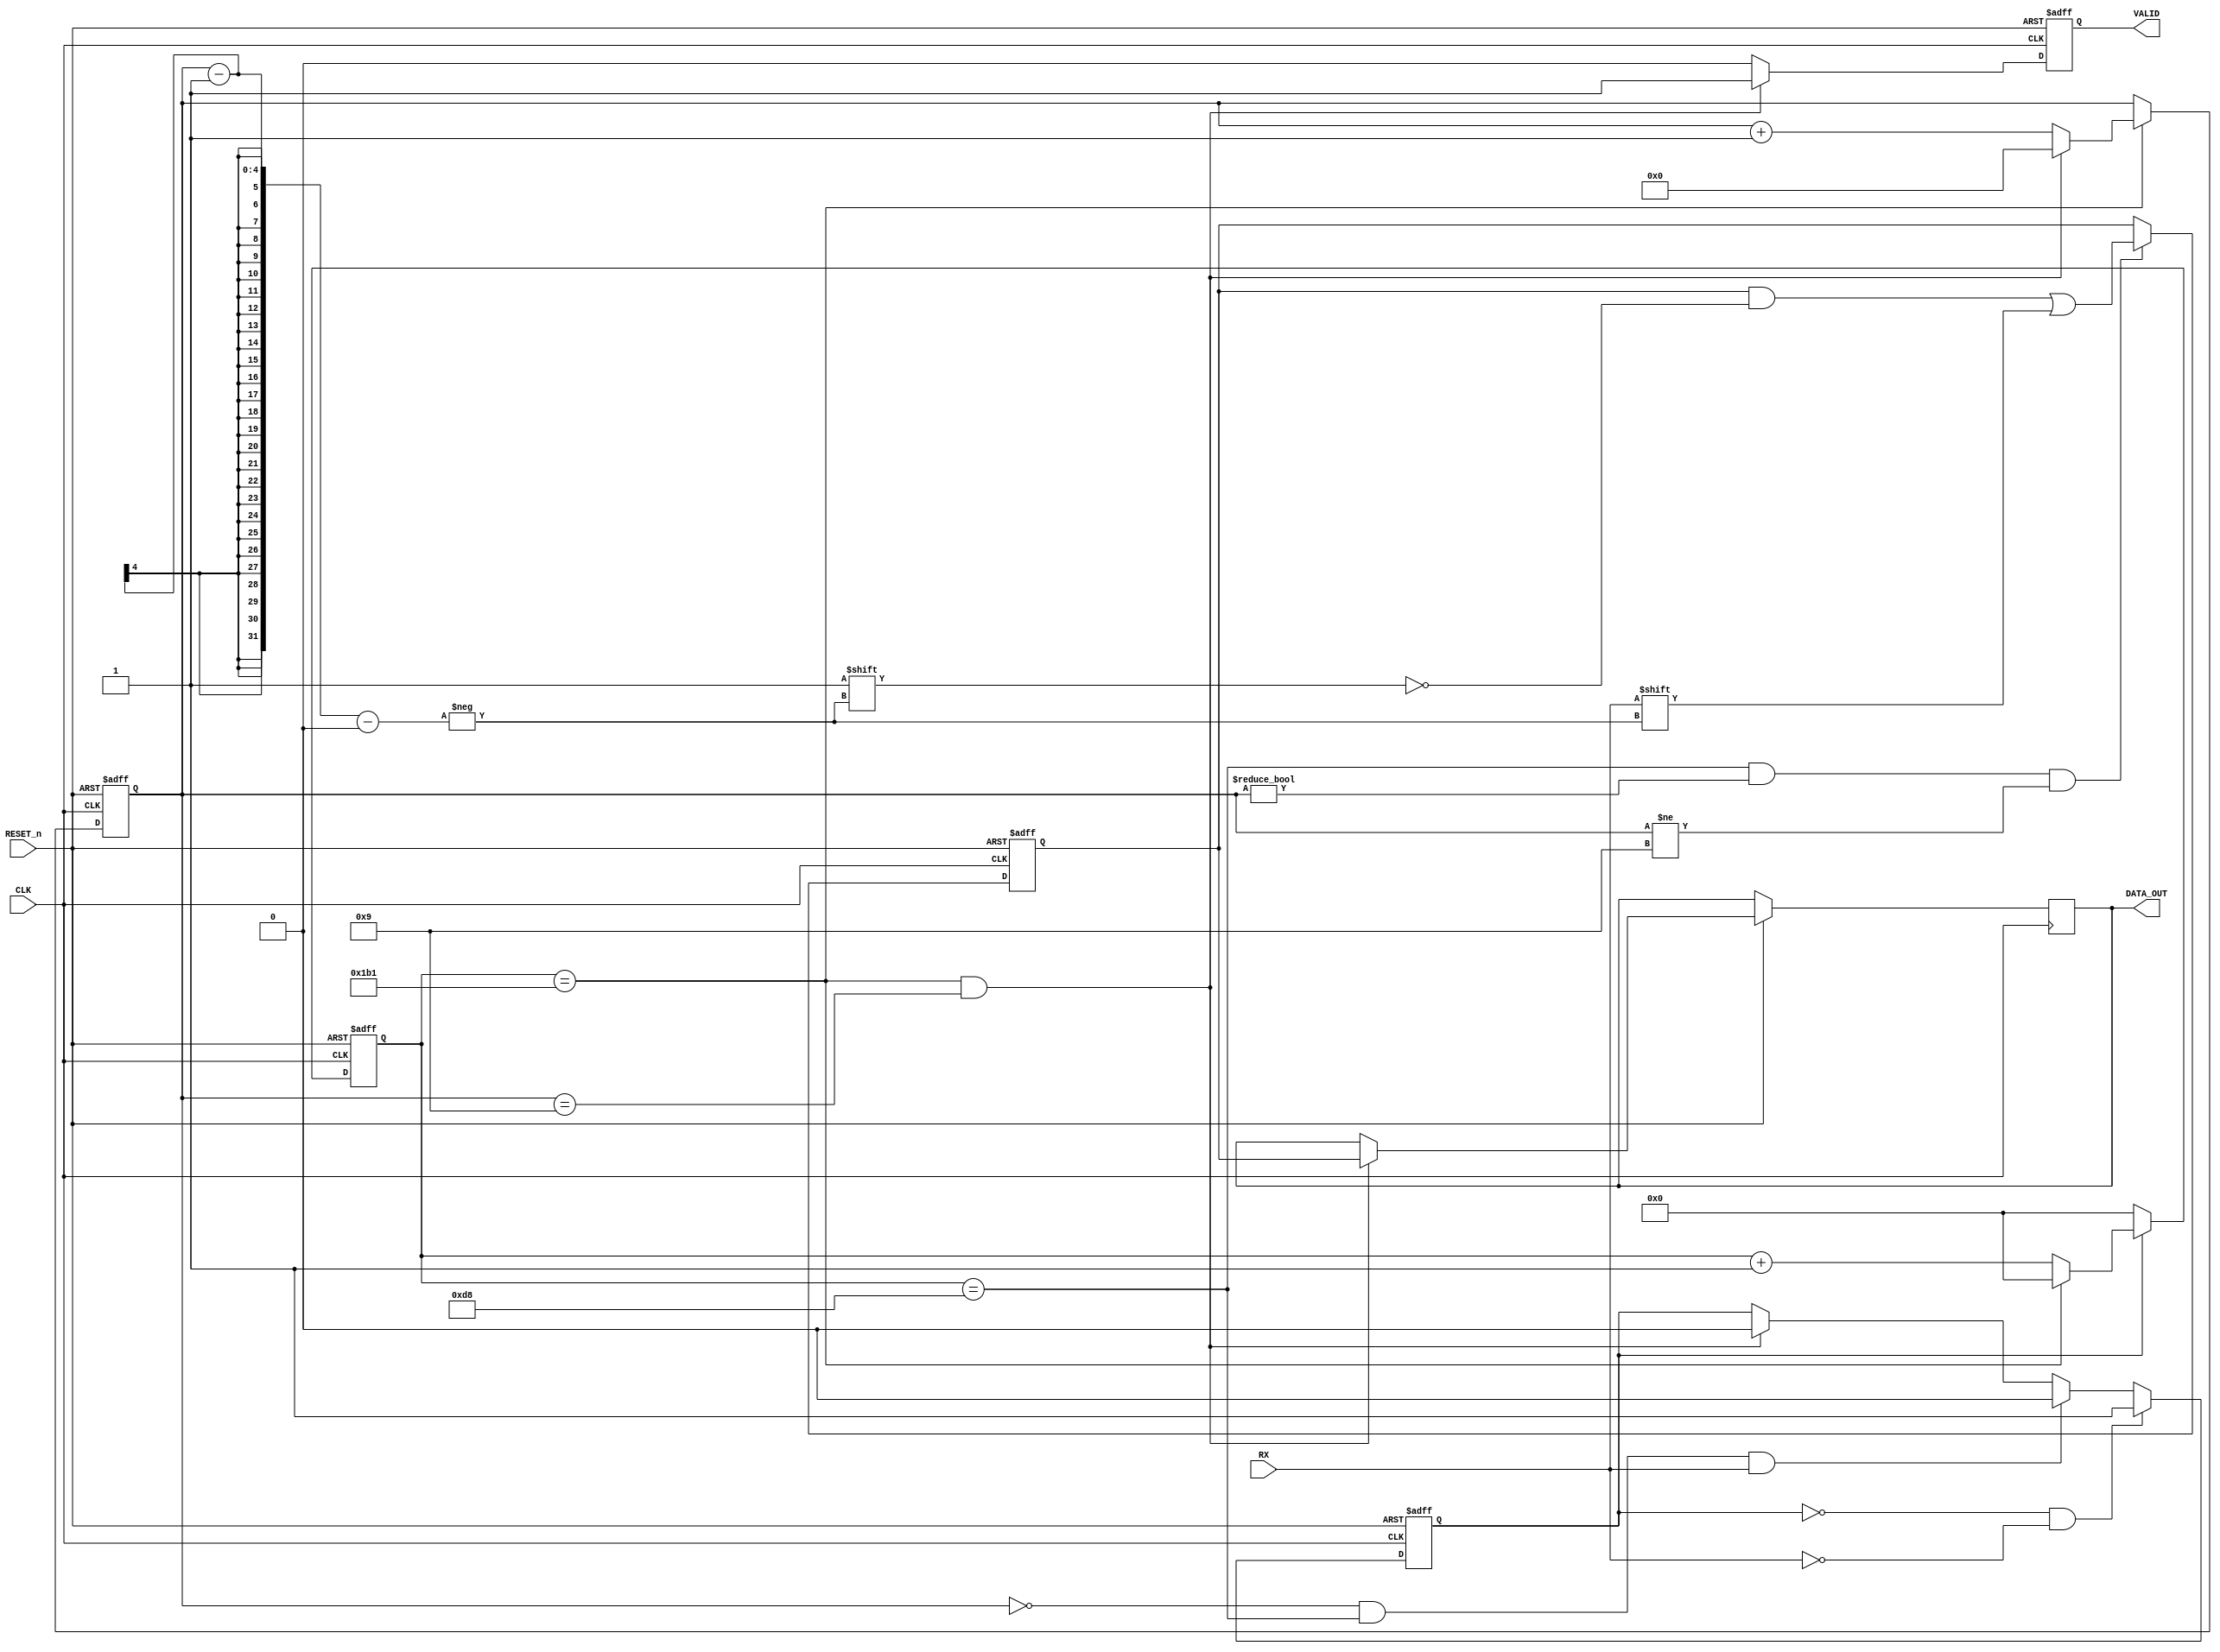

/*
 * version : 1.1
 * addr    : whu.edu.ionosphereLab
 */

// 50MHz115200BUSY

module UART_RX #(parameter BAUDRATE = 115200, parameter FREQ = 50_000_000)(
    input                 CLK,
    input                 RESET_n,
    input                 RX,
    output reg    [7:0]   DATA_OUT,
    output reg            VALID
    );

    localparam T = FREQ / BAUDRATE;

    reg                   BUSY; // BUSY1
	reg    [7:0]          DATA_OUT_reg;//
    reg    [3:0]          cnt_bit; // cnt_clkcnt_bit1810
    reg    [31:0]         cnt_clk;
	 
    assign                end_cnt_clk = cnt_clk == T - 1;
    assign                end_cnt_bit = end_cnt_clk && cnt_bit == 10 - 1;




    always @(posedge CLK or negedge RESET_n) begin
        if(RESET_n == 0)
            BUSY <= 0; 
        else if(BUSY == 0 && RX == 0)
            BUSY <= 1;
        else if(cnt_bit == 0 && cnt_clk == T / 2 - 1 && RX == 1)
            BUSY <= 0;
        else if(end_cnt_bit)
            BUSY <= 0;
    end
    
   
    
    always @(posedge CLK or negedge RESET_n) begin
        if(RESET_n == 0)
            cnt_clk <= 0;
        else if(BUSY) begin
            if(end_cnt_clk)
                cnt_clk <= 0;
            else
                cnt_clk <= cnt_clk + 1'b1;
        end else
            cnt_clk <= 0;
    end
    

 
    always @(posedge CLK or negedge RESET_n) begin
        if(RESET_n == 0)
            cnt_bit <= 0;
        else if(end_cnt_clk) begin
            if(end_cnt_bit)
                cnt_bit <= 0;
            else
                cnt_bit <= cnt_bit + 1'b1;
        end
    end    


    
    // 
    always @(posedge CLK or negedge RESET_n) begin
        if(RESET_n == 0)
            DATA_OUT_reg <= 0;
        else if(cnt_clk == T / 2 - 1 && cnt_bit != 1 - 1 && cnt_bit != 10 - 1)
            DATA_OUT_reg[cnt_bit - 1] <= RX;
    end


    
    always @(posedge CLK or negedge RESET_n) begin
        if(RESET_n == 0)
            VALID <= 0;
        else if(end_cnt_bit) begin
            VALID <= 1;
            DATA_OUT <= DATA_OUT_reg;
        end else
            VALID <= 0;
    end
    
endmodule